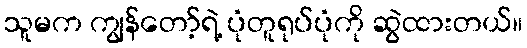
သူမက ကျွန်တော့်ရဲ့ ပုံတူရုပ်ပုံကို ဆွဲထားတယ်။